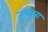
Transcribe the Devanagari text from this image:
तुच्तला